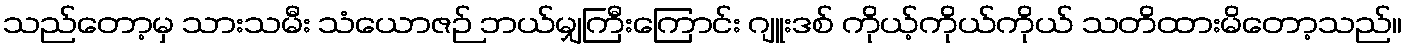
သည်တော့မှ သားသမီး သံယောဇဉ် ဘယ်မျှကြီးကြောင်း ဂျူးဒစ် ကိုယ့်ကိုယ်ကိုယ် သတိထားမိတော့သည်။